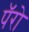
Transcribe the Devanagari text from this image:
पॅरो